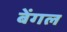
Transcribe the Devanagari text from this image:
बेंगल